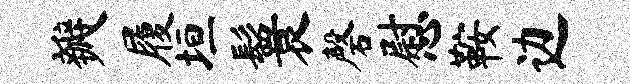
瓣履垣鬟磬慰鞍边